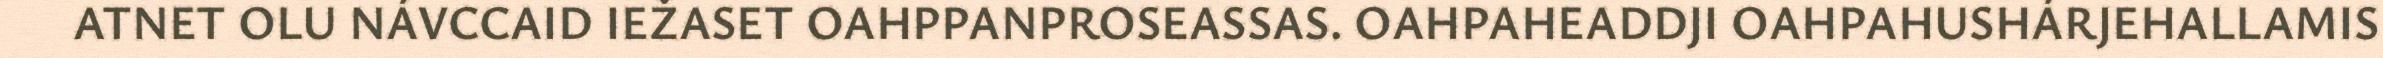
ATNET OLU NÁVCCAID IEŽASET OAHPPANPROSEASSAS. OAHPAHEADDJI OAHPAHUSHÁRJEHALLAMIS